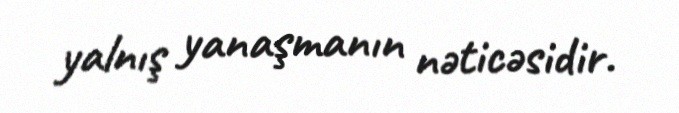
yalnış yanaşmanın nəticəsidir.